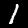
Digit: 1